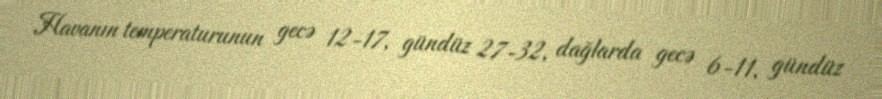
Havanın temperaturunun gecə 12-17, gündüz 27-32, dağlarda gecə 6-11, gündüz